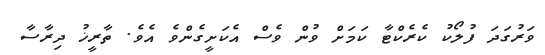
ވަރުގަދަ ފުލޯކު ކެރެކްޓާ ކަމަށް ވުން ވެސް އެކަށީގެންވެ އެވެ. ތާރީޚު ދިރާސާ